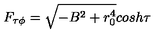
F _ { \tau \phi } = \sqrt { - B ^ { 2 } + r _ { 0 } ^ { 4 } } c o s h \tau